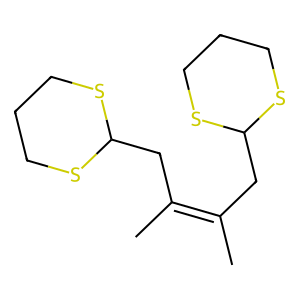
SMILES: CC(CC1SCCCS1)=C(C)CC1SCCCS1
Inhibits HIV replication: No